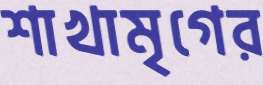
শাখামৃগের